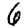
Digit: 6